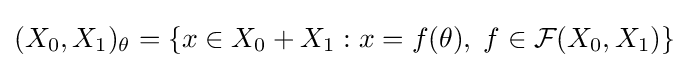
(X_{0},X_{1})_{\theta }=\left\{x\in X_{0}+X_{1}:x=f(\theta ),\;f\in {\mathcal {F}}(X_{0},X_{1})\right\}